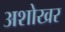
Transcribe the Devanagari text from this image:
अशोखर